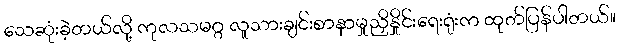
သေဆုံးခဲ့တယ်လို့ ကုလသမဂ္ဂ လူသားချင်းစာနာမှုညှိနှိုင်းရေးရုံးက ထုတ်ပြန်ပါတယ်။